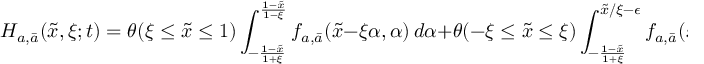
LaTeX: H _ { a , \bar { a } } ( \tilde { x } , \xi ; t ) = \theta ( \xi \leq \tilde { x } \leq 1 ) \int _ { - \frac { 1 - \tilde { x } } { 1 + \xi } } ^ { \frac { 1 - \tilde { x } } { 1 - \xi } } f _ { a , \bar { a } } ( \tilde { x } - \xi \alpha , \alpha ) \, d \alpha + \theta ( - \xi \leq \tilde { x } \leq \xi ) \int _ { - \frac { 1 - \tilde { x } } { 1 + \xi } } ^ { \tilde { x } / \xi - \epsilon } f _ { a , \bar { a } } ( \tilde { x } - \xi \alpha , \alpha ) \, d \alpha \, .